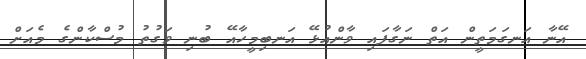
އޭނާ އަނގަމަތީން އަތް ނަގާފައި ވާންއުޅޭ އަނބިމީހާއޭ ބުނި ވަގުތު މުސްކާންގެ މެއަށް